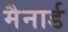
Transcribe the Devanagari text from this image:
मैनार्ड